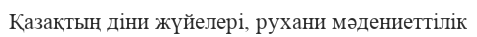
Қазақтың діни жүйелері, рухани мәдениеттілік